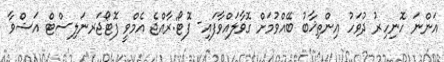
އަންނަ ހޮނިހިރު ދުވަހު އިންތިޚާބު ބޭއްވުމަށް ގޮވާލައްވާފައި- ފޮޓޯ:ރާއްޖެ އެމްވީ ފޮޓޯޖަރނަލިސްޓް އަޝްވާ